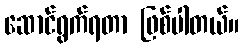
ဆောင်ရွက်ရတာ ဖြစ်ပါတယ်။